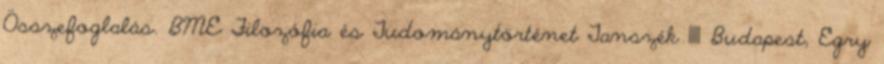
Összefoglalás. BME Filozófia és Tudománytörténet Tanszék 1111 Budapest, Egry